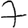
Digit: 7